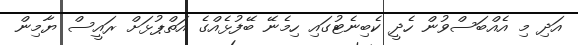
އަދި މި އެއްބަސްވުން ހެދީ ކެބިނެޓުގައި ހިމެނޭ ބޭފުޅެއްގެ އަތްޕުޅަށް ރައީސް ޔާމިން